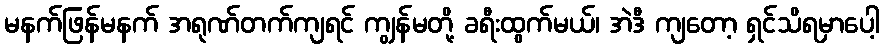
မနက်ဖြန်မနက် အရုဏ်တက်ကျရင် ကျွန်မတို့ ခရီးထွက်မယ်၊ အဲဒီ ကျတော့ ရှင်သိရမှာပေါ့